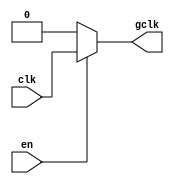
module clock_gating (
    input wire clk,         // Primary clock signal
    input wire en,          // Enable signal
    output wire gclk        // Gated clock output
);

// Clock Gating Logic
assign gclk = en ? clk : 1'b0; // If enable is high, gclk follows clk; otherwise, gclk is low

endmodule